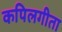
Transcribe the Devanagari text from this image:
कपिलगीता